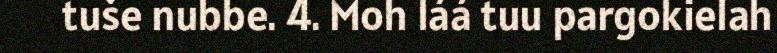
tuše nubbe. 4. Moh láá tuu pargokielah